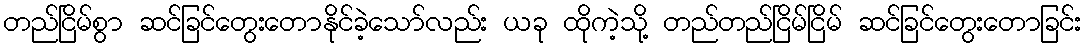
တည်ငြိမ်စွာ ဆင်ခြင်တွေးတောနိုင်ခဲ့သော်လည်း ယခု ထိုကဲ့သို့ တည်တည်ငြိမ်ငြိမ် ဆင်ခြင်တွေးတောခြင်း